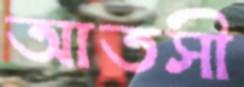
আতসী